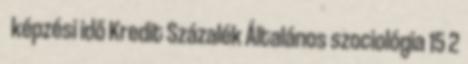
képzési idő Kredit Százalék Általános szociológia 15 2